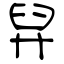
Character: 舁